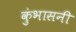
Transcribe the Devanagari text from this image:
कुंभासनी